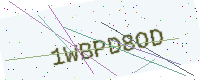
Text: 1WBPD8OD